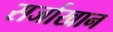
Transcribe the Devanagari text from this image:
सर्जाखान